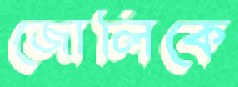
জোলিকে